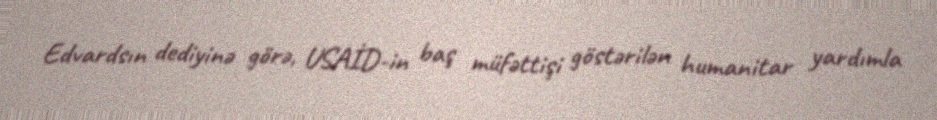
Edvardsın dediyinə görə, USAİD-in baş müfəttişi göstərilən humanitar yardımla